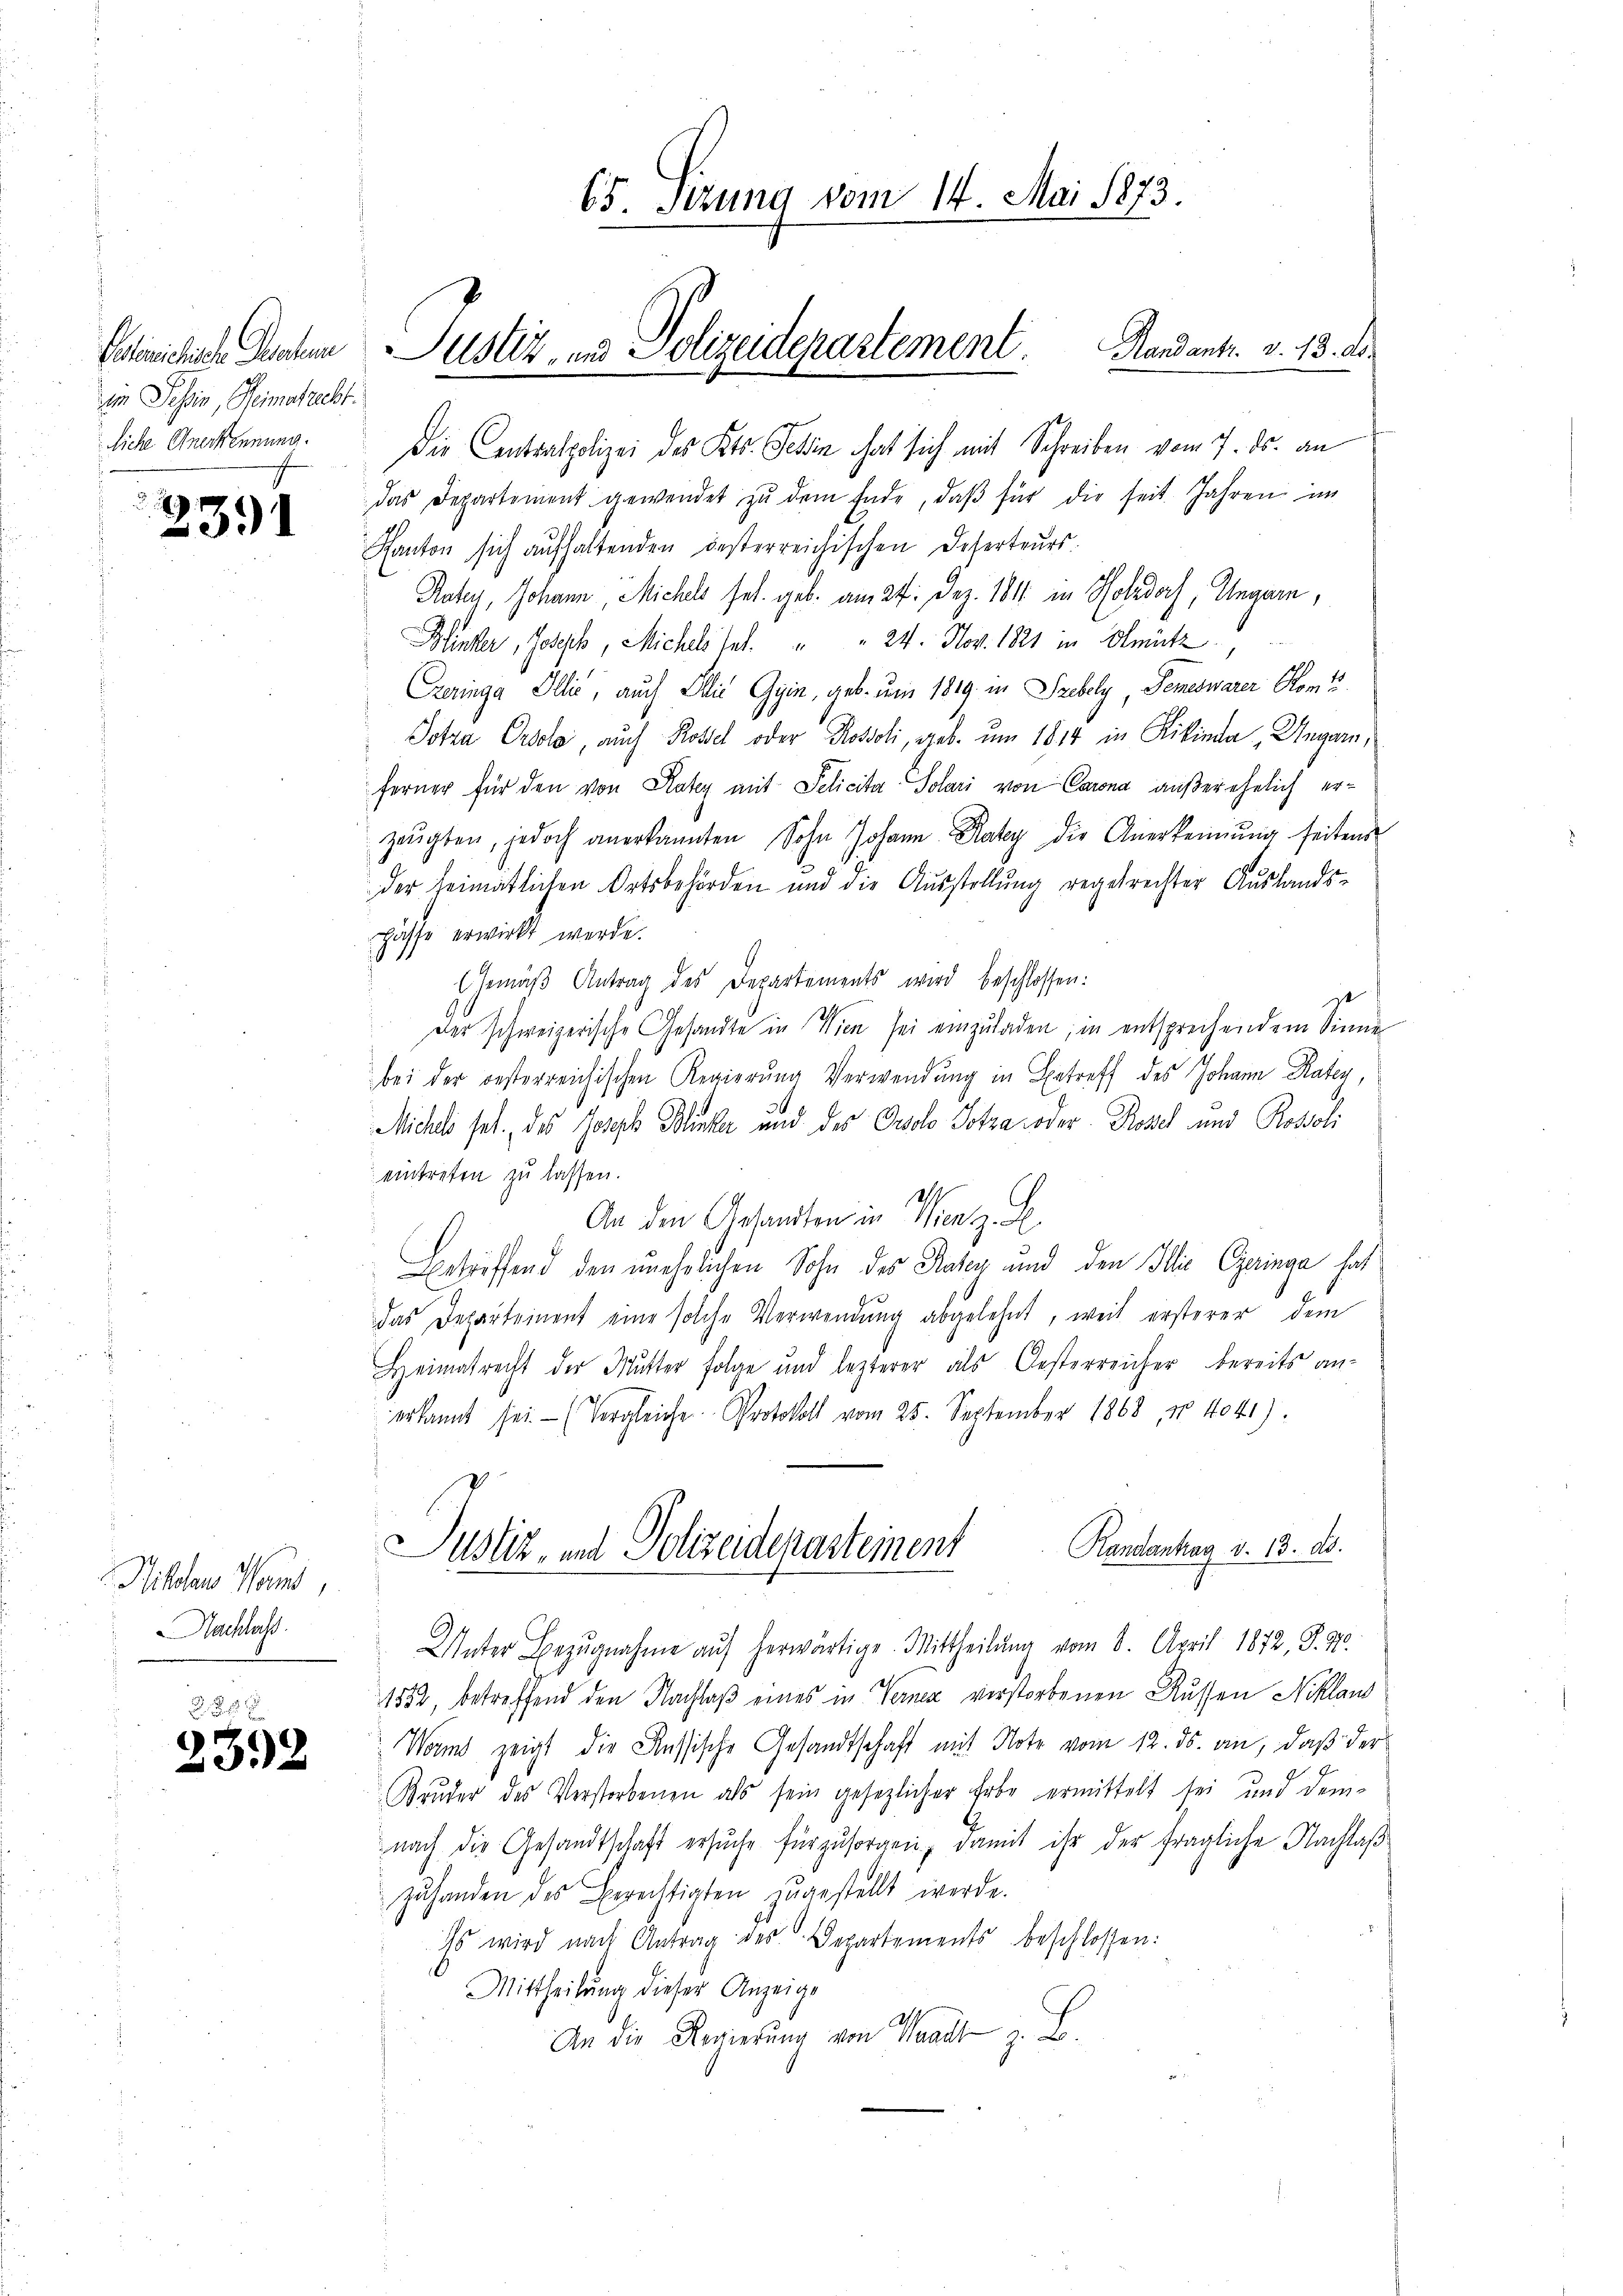
Peinichische Peten
im Tessin, Heimatrecht.
liche Anerkennung.

231

Hillen Wort,
Nachlass

2392

Die Centralpolizei des Kts. Tehin hat sich mit Schreiben vom 7. ds. an
das Departement gewendet zŭ dem Ende, daβ für die seit Jahren im
Kanton sich aufhaltenden besterreichischen Deserteurs.
Rater, Johann, Michels sel. geb. am 27. Dez. 1811 in Holzdorf, Ungarn,
Hinter, Joseph, Michels tat. " " 24. Nov. 1821 in Olmück
Creringa Illić, auch Ilić Gyin, geb. um 1819 in Szebely Semeswarer Kom
Potra Prolo, auch Rossel oder Kossoli, geb. um 1814 in Rikinde Ungarn,
ferner für den von Kater mit Pelicita Solari von Carona außerehelich erzeŭgten, jedoch anerkannten Sohn Johann Ratey die Anerkennung seitens
.
der heimatlichen Ortsbehörden und die Ausstellung regelrechter Auslands-
pässe erwirkt werde.
(Gemäβ Antrag des Departements wird beschlossen:
des schweizerische Gesandte in Wien sei einzuladen, in entsprechendem Sinne
bei der besterreichischen Regierung Verwendung in Betreff des Johann Raten,
Miches sel. des Joseph Blicker und des Orsolo Sotza oder Rossel und Rostoli
eintreten zu lassen.
An den Gesandten in Wien z. B.
Betreffend den unehelichen Sohn des Pater und den Illie Geringa hat
das Departement eine solche Verwendung abgelehnt, weil ersterer dem
Heimatrecht der Mutter Folge und lezterer als Oesterreicher bereits an-
erkannt sei. (Vergleiche Protokoll vom 25. September 1868, No 4041).
Randantrag d. 13. ds.
Justiz- und Polizeidepartement
Unter Bezŭgnahme aŭf herwärtige. Mittheilŭng vom 8. April 1872, S. 97.
1852, betreffend den Nachlaß eines in Verner verstorbenen Aussen Niklaus
Worms zeigt die Russische Gesandtschaft mit Note vom 12. ds. an, daß der
Bruder des Verstorbenen als sein gesezlicher Erbe ermittelt sei und demnach die Gesandtschaft ersŭche fürzŭsorgen, damit ihr der fragliche Nachlaβ
zuhanden des Berechtigten zugestellt werde.
Es wird nach Antrag des Departements beschlossen:
Mittheilung dieser Anzeige
A
An die Regierung von Waadt z. B.

65. Sizung vom 14. Mai 1873.
Pustiz- und Polizeidepartement. Handants. v. 13. d.